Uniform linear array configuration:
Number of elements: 16
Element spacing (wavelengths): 0.25
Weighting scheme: exponential
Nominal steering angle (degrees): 60
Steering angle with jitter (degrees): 59.699
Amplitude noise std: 0.05
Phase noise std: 0.05

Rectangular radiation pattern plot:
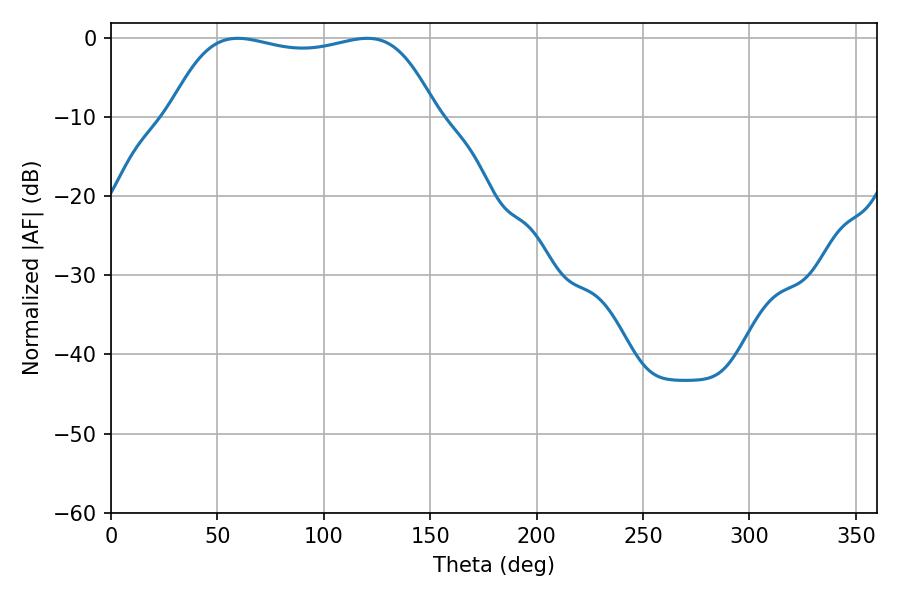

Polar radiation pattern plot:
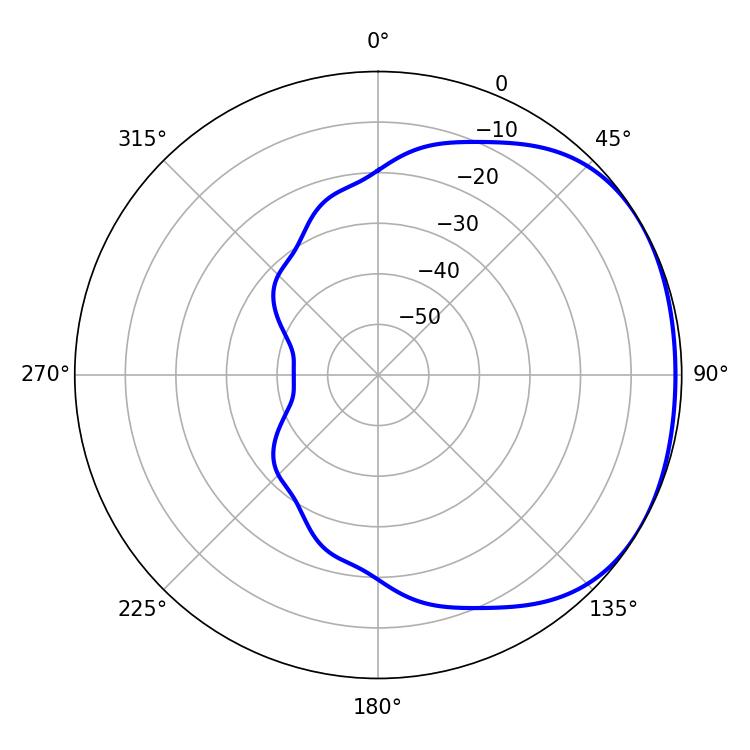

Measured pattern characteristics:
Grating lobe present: FALSE
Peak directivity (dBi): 1.561
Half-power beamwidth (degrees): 99.72
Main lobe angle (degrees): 59.58